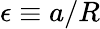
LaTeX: \epsilon\equiv a/R